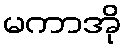
မကာအို